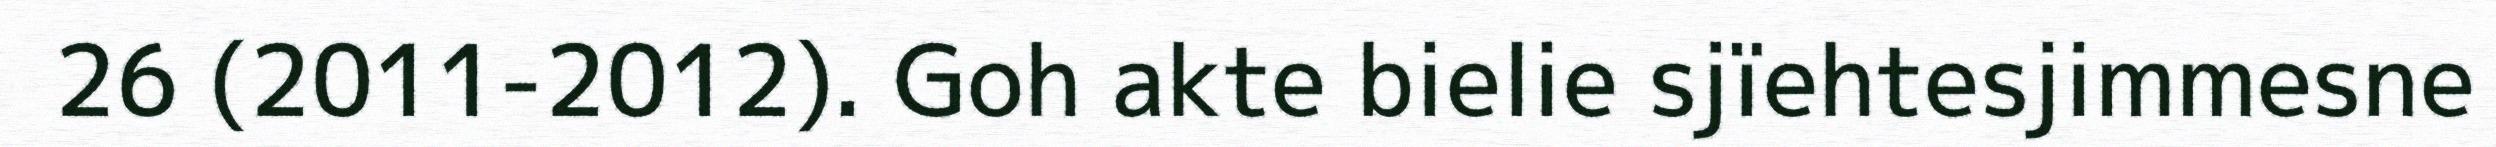
26 (2011-2012). Goh akte bielie sjïehtesjimmesne